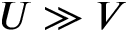
U \gg V